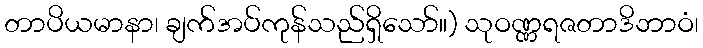
တာပိယမာနာ၊ ချက်အပ်ကုန်သည်ရှိသော်။) သုဝဏ္ဏရဇတာဒိဘာဝံ၊